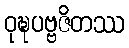
ဝုဍ္ဎပဗ္ဗဇိတဿ